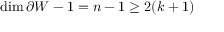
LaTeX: \dim \partial W - 1 = n - 1 \geq 2 ( k + 1 )